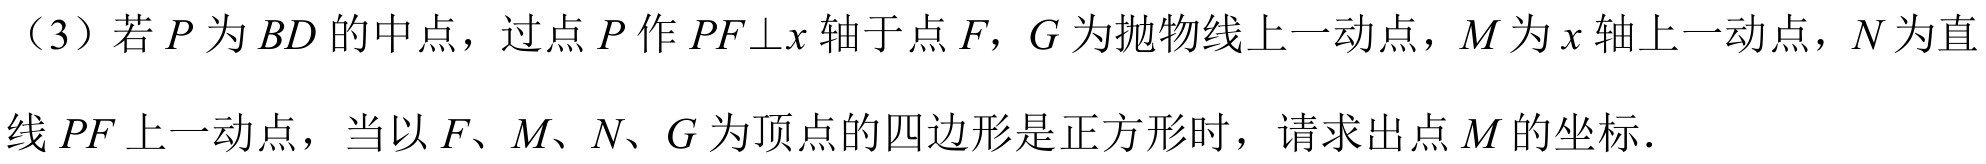
（3）若\(P\)为\(BD\)的中点，过点\(P\)作\(PF\bot x\)轴于点\(F\)，\(G\)为抛物线上一动点，\(M\)为\(x\)轴上一动点，\(N\)为直
线\(PF\)上一动点，当以\(F\)、\(M\)、\(N\)、\(G\)为顶点的四边形是正方形时，请求出点\(M\)的坐标．